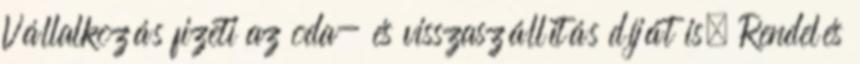
Vállalkozás fizeti az oda- és visszaszállítás díját is. Rendelés